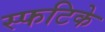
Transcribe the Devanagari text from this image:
स्फटिके